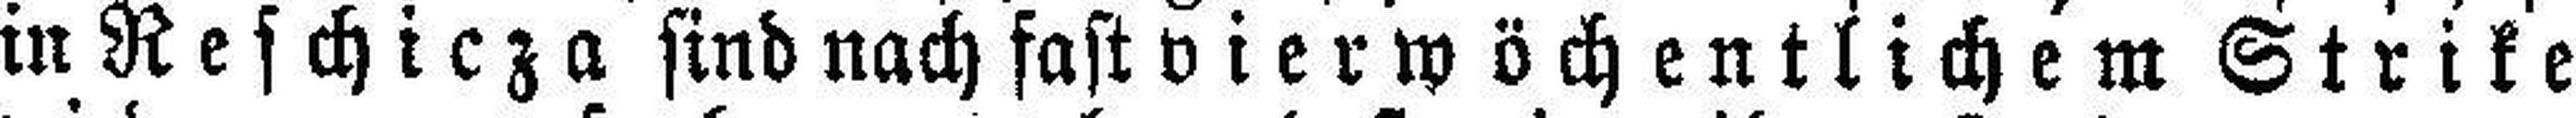
in Reschicza sind nach fast vier wöchentlichem Strike